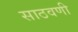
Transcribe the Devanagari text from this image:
साठवणी